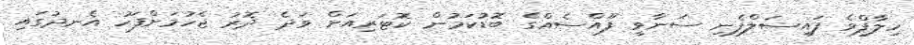
ހިލާފްވެ ފައިސަލްފެނި ސަނާވީ ފޫއްސެއްގެ ބޮޑުކަމުން ކޮޓަރިއަށް ވަދެ ދޮރު ޖެހުމަށްފަހު އެނދުގައި